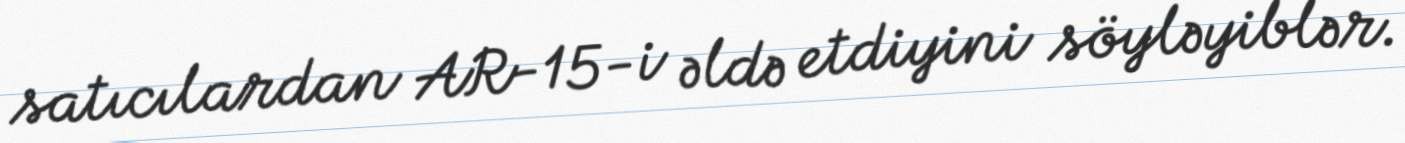
satıcılardan AR-15-i əldə etdiyini söyləyiblər.